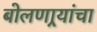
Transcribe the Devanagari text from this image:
बोलणार्‍यांचा